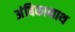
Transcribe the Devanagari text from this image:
अंबिकानाथ